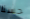
حسنا